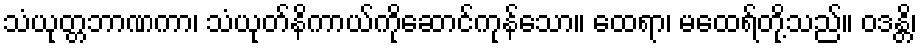
သံယုတ္တဘာဏကာ၊ သံယုတ်နိကာယ်ကိုဆောင်ကုန်သော။ ထေရာ၊ မထေရ်တို့သည်။ ဝဒန္တိ၊